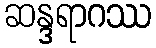
ဆန္ဒရာဂဿ